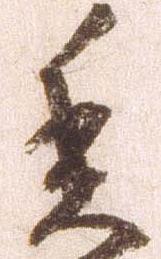
委